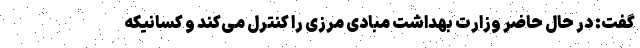
گفت: در حال حاضر وزارت بهداشت مبادی مرزی را کنترل می‌کند و کسانیکه